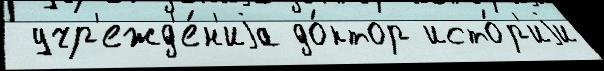
 учр'ежд'е́н'иjа до́ктор исто́р'иjи